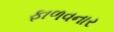
ફાળવનાર